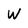
Character: w